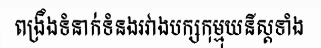
ពង្រឹងទំនាក់ទំនងរវាងបក្សកុម្មុយនីស្តទាំង